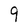
Character: 9